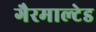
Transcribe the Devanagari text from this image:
गैरमाल्टेड